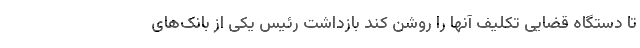
تا دستگاه قضایی تکلیف آنها را روشن کند بازداشت رئیس یکی از بانک‌های